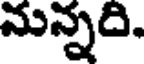
మన్నది.